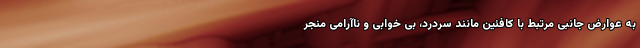
به عوارض جانبی مرتبط با کافئین مانند سردرد، بی خوابی و ناآرامی منجر